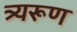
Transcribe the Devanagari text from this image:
त्र्यरूण